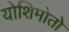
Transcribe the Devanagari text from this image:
योशिमोतो